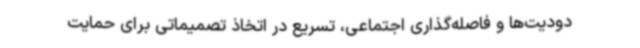
دودیت‌ها و فاصله‌گذاری اجتماعی، تسریع در اتخاذ تصمیماتی برای حمایت